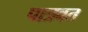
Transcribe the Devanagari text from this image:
पात्रवत